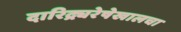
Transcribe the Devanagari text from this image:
दारिद्र्यरेषेखालचा